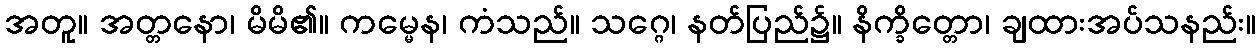
အတူ။ အတ္တနော၊ မိမိ၏။ ကမ္မေန၊ ကံသည်။ သဂ္ဂေ၊ နတ်ပြည်၌။ နိက္ခိတ္တော၊ ချထားအပ်သနည်း။